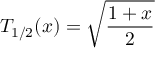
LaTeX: T _ { 1 / 2 } ( x ) = { \sqrt { \frac { 1 + x } { 2 } } }